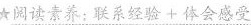
★阅读素养：联杀经验+体会感受